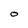
Character: O